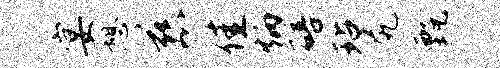
宴憩慈佳炳碚玷尻甄